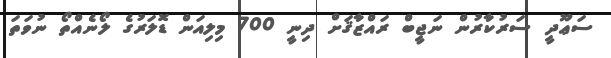
ސަޢޫދީ ސަރުކާރުން ނަޖީބް ރައްޒާޤަށް ދިނީ 700 މިލިއަން ޑޮލަރުގެ ލޯނެއްތޯ ނުވަތަ